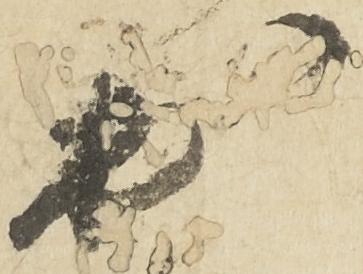
於